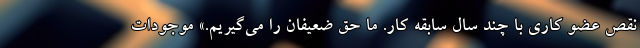
نقص عضو کاری با چند سال سابقه کار. ما حق ضعیفان را می‌گیریم.» موجودات